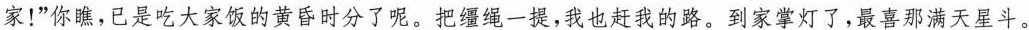
家!”你瞧,已是吃大家饭的黄昏时分了呢。把缰绳一提,我也赶我的路。到家掌灯了,最喜那满天星斗。